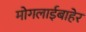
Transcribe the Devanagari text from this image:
मोगलाईबाहेर